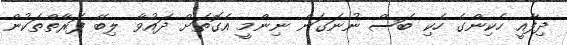
ދިފާއީ ހެކިންގެ ހެކި ބަސް ނުނަގަން ނިންމީ އެގޮތަށް ދައުވާ ލިބޭ ފަރާތްތަކުން